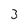
Character: 3